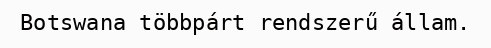
Botswana többpárt rendszerű állam.